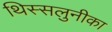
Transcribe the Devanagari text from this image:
थिस्सलुनीका